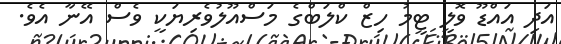
އަދި އައްޑޫ ވޮލީ ޓީމު ހިޒް ކްލަބްގެ މަސްއޫލުވެރިޔަކީ ވެސް އޭނާ އެވެ.